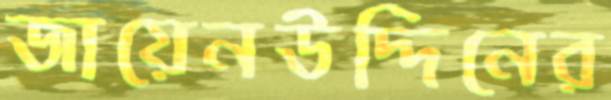
জায়েনউদ্দিনের